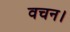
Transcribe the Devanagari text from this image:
वचन।